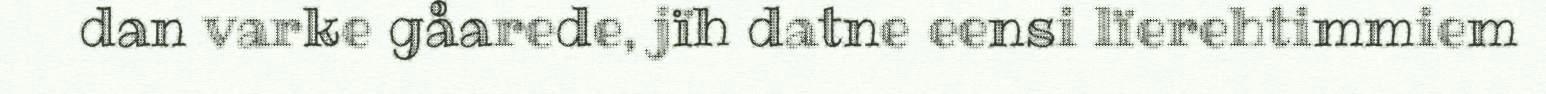
dan varke gåarede, jïh datne eensi lïerehtimmiem